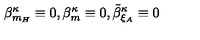
\beta _ { m _ { H } } ^ { \kappa } \equiv 0 , \beta _ { m } ^ { \kappa } \equiv 0 , \tilde { \beta } _ { \xi _ { A } } ^ { \kappa } \equiv 0